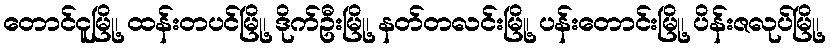
တောင်ငူမြို့၊ ထန်းတပင်မြို့၊ ဒိုက်ဦးမြို့၊ နတ်တလင်းမြို့၊ ပန်းတောင်းမြို့၊ ပိန်းဇလုပ်မြို့၊